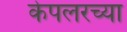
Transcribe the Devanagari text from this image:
केपलरच्या